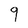
Character: 9